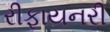
રીફાયનરી